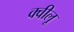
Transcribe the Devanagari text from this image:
क्वीलू